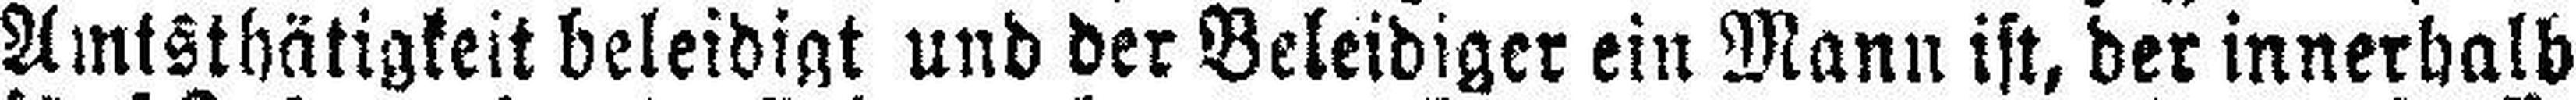
Amtsthätigkeit beleidigt und der Beleidiger ein Mann ist, der innerhalb